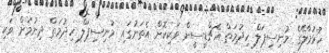
ހުޅުމާލޭގެ މުނިސިޕަލް ހިދުމަތް އެޗްޑީސީން ވަކިކޮށް އެތަނުގައި މުނިސިޕަލް ހިދުމަތް ދިނުމަށް ވަކި